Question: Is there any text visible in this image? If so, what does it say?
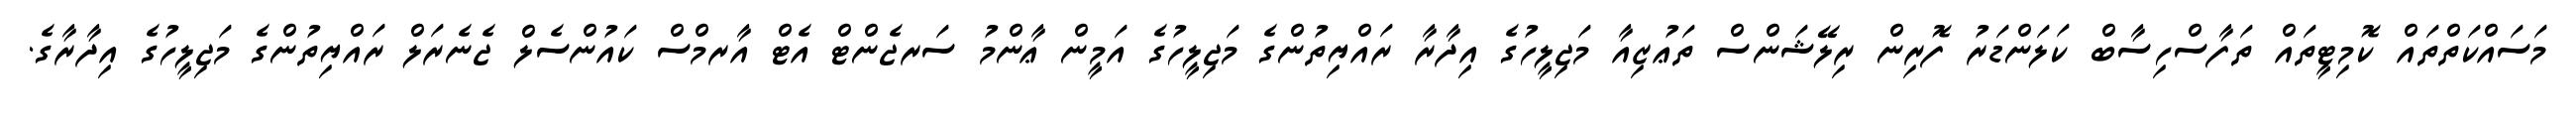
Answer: މަސައްކަތްތައް ކޮމިޓީތައް ތަފާސްހިސާބް ކަލަންޑަރު ފޮރިން ރިލޭޝަންސް ތަޢުޒިއާ މަޖިލީހުގެ އިދާރާ ރައްޔިތުންގެ މަޖިލީހުގެ އަމީން ޢާންމު ސަރޖެންޓް އެޓް އާރމްސް ކައުންސެލް ޖެނެރަލް ރައްޔިތުންގެ މަޖިލީހުގެ އިދާރާގެ.